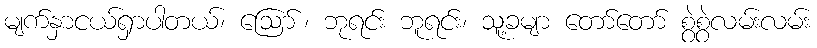
မျက်နှာငယ်ရှာပါတယ်၊ ဪ၊ ဘုရင်း ဘူရင်း၊ သူ့ခမျာ တော်တော် စွဲစွဲလမ်းလမ်း